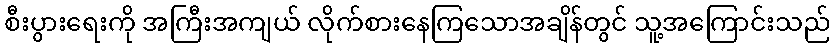
စီးပွားရေးကို အကြီးအကျယ် လိုက်စားနေကြသောအချိန်တွင် သူ့အကြောင်းသည်